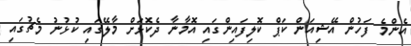
އެންމެ ފަހުން އޭޝިއަން ކަޕް ކޮލިފައިންގައި އޮމާނާ ދެކޮޅަށް މާލޭގައި ކުޅުނު މެޗުގައި